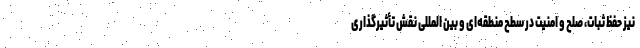
نیز حفظ ثبات، صلح و امنیت در سطح منطقه‌ای و بین المللی نقش تأثیرگذاری